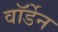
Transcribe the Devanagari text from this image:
वाॅर्डेन